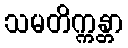
သမတိက္ကန္တာ